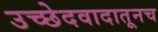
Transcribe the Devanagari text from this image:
उच्छेदवादातूनच